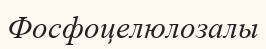
Фосфоцелюлозалы